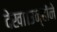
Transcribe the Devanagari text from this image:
देखा।उन्होंने